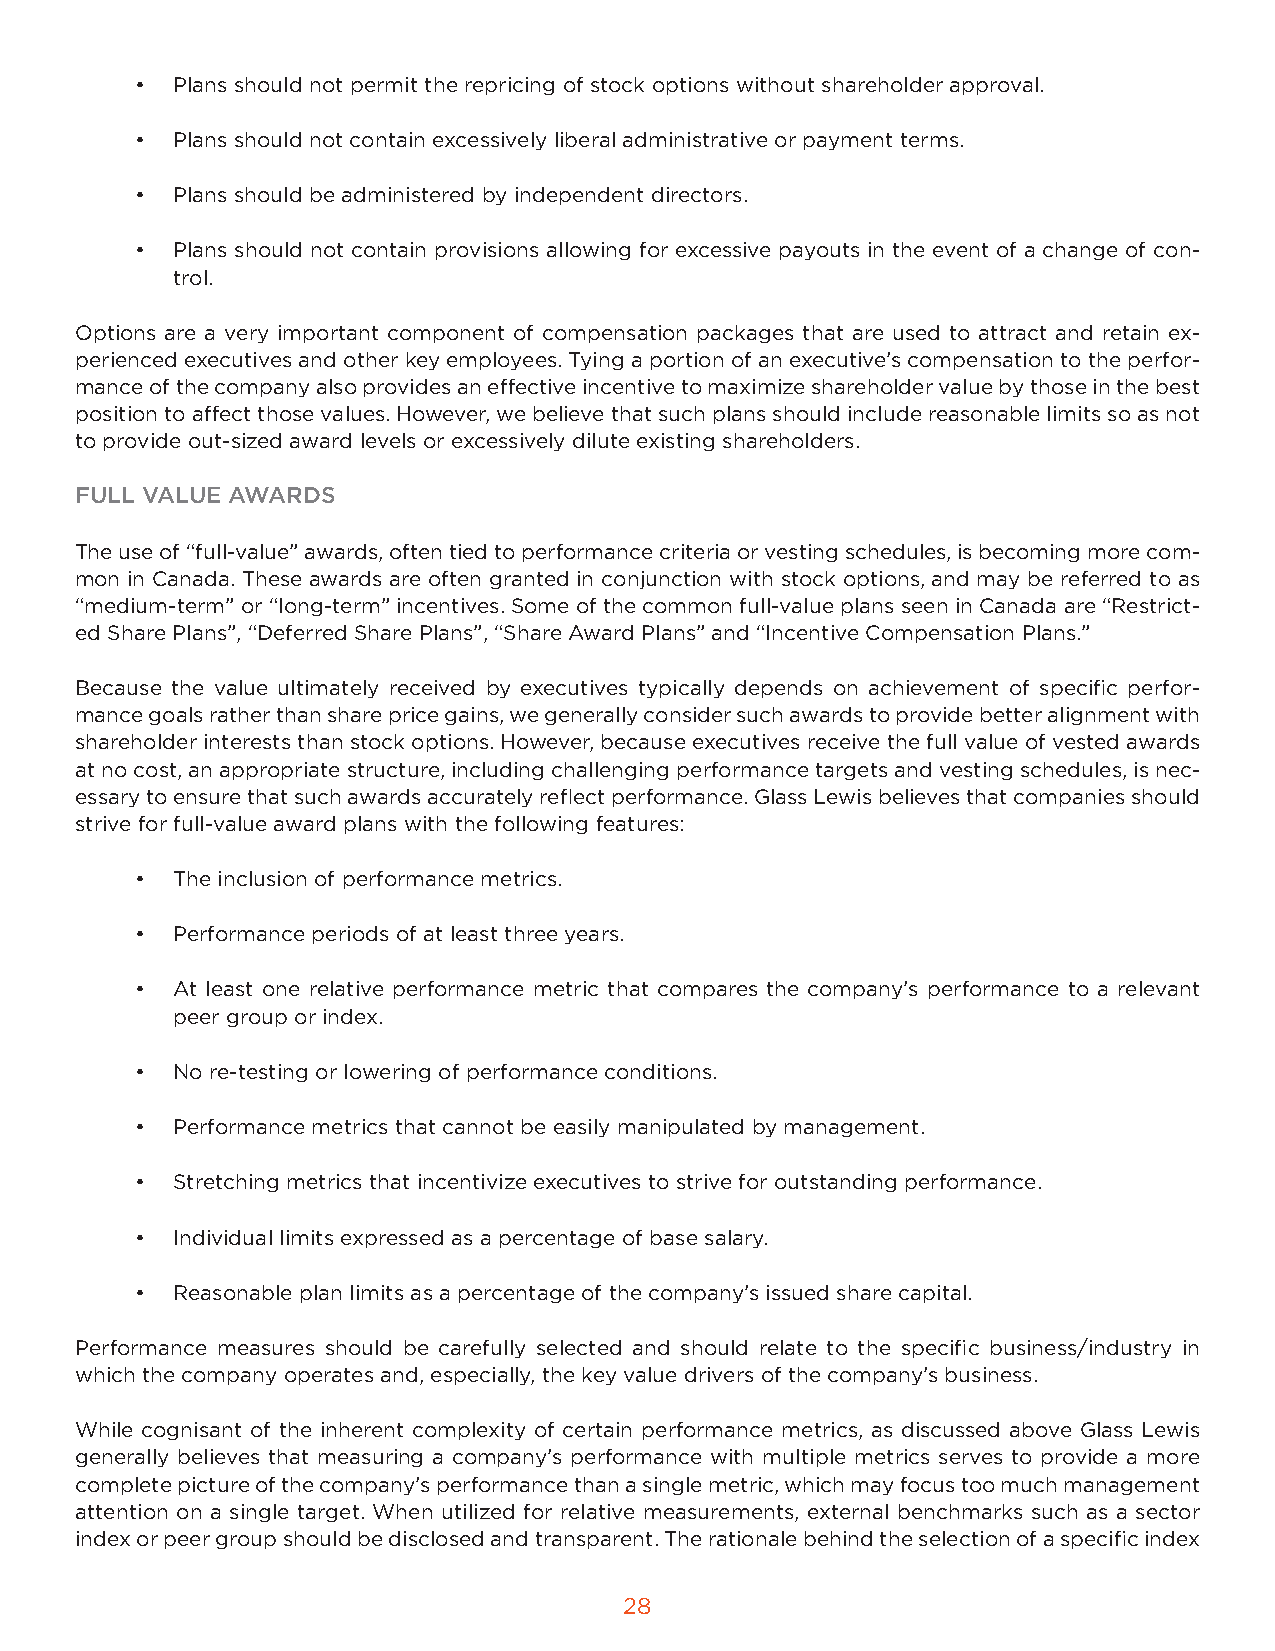
• Plans should not permit the repricing of stock options without shareholder approval.
 • Plans should not contain excessively liberal administrative or payment terms.
 • Plans should be administered by independent directors.
 • Plans should not contain provisions allowing for excessive payouts in the event of a change of con-
 trol.
 Options are a very important component of compensation packages that are used to attract and retain ex-
 perienced executives and other key employees. Tying a portion of an executive’s compensation to the perfor-
 mance of the company also provides an effective incentive to maximize shareholder value by those in the best
 position to affect those values. However, we believe that such plans should include reasonable limits so as not
 to provide out-sized award levels or excessively dilute existing shareholders.
 FULL VALUE AWARDS
 The use of “full-value” awards, often tied to performance criteria or vesting schedules, is becoming more com-
 mon in Canada. These awards are often granted in conjunction with stock options, and may be referred to as
 “medium-term” or “long-term” incentives. Some of the common full-value plans seen in Canada are “Restrict-
 ed Share Plans”, “Deferred Share Plans”, “Share Award Plans” and “Incentive Compensation Plans.”
 Because the value ultimately received by executives typically depends on achievement of specific perfor-
 mance goals rather than share price gains, we generally consider such awards to provide better alignment with
 shareholder interests than stock options. However, because executives receive the full value of vested awards
 at no cost, an appropriate structure, including challenging performance targets and vesting schedules, is nec-
 essary to ensure that such awards accurately reflect performance. Glass Lewis believes that companies should
 strive for full-value award plans with the following features:
 • The inclusion of performance metrics.
 • Performance periods of at least three years.
 • At least one relative performance metric that compares the company’s performance to a relevant
 peer group or index.
 • No re-testing or lowering of performance conditions.
 • Performance metrics that cannot be easily manipulated by management.
 • Stretching metrics that incentivize executives to strive for outstanding performance.
 • Individual limits expressed as a percentage of base salary.
 • Reasonable plan limits as a percentage of the company’s issued share capital.
 Performance measures should be carefully selected and should relate to the specific business/industry in
 which the company operates and, especially, the key value drivers of the company’s business.
 While cognisant of the inherent complexity of certain performance metrics, as discussed above Glass Lewis
 generally believes that measuring a company’s performance with multiple metrics serves to provide a more
 complete picture of the company’s performance than a single metric, which may focus too much management
 attention on a single target. When utilized for relative measurements, external benchmarks such as a sector
 index or peer group should be disclosed and transparent. The rationale behind the selection of a specific index
 28